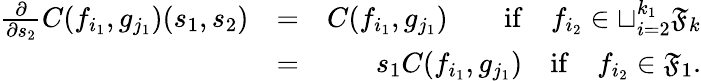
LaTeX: \begin{array}{rlr}{\frac{\partial}{\partial s_{2}}C(f_{i_{1}},g_{j_{1}})(s_{1},s_{2})}&{=}&{C(f_{i_{1}},g_{j_{1}})\quad\quad\mathrm{if}\quad f_{i_{2}}\in\sqcup_{i=2}^{k_{1}}{\mathfrak{F}}_{k}}\\ &{=}&{s_{1}C(f_{i_{1}},g_{j_{1}})\quad\mathrm{if}\quad f_{i_{2}}\in{\mathfrak{F}}_{1}.}\end{array}